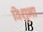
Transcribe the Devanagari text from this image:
विशुभा